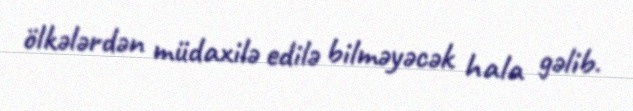
ölkələrdən müdaxilə edilə bilməyəcək hala gəlib.